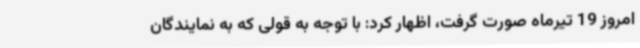
امروز 19 تیرماه صورت گرفت، اظهار کرد: با توجه به قولی که به نمایندگان